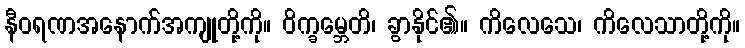
နီဝရဏအနောက်အကျုတို့ကို။ ဝိက္ခမ္ဘေတိ၊ ခွာနိုင်၏။ ကိလေသေ၊ ကိလေသာတို့ကို။